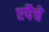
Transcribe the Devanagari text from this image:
एपैचे